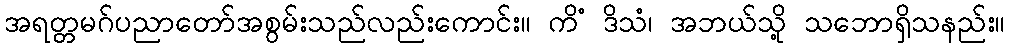
အရတ္တမဂ်ပညာတော်အစွမ်းသည်လည်းကောင်း။ ကိံ ဒိသံ၊ အဘယ်သို့ သဘောရှိသနည်း။